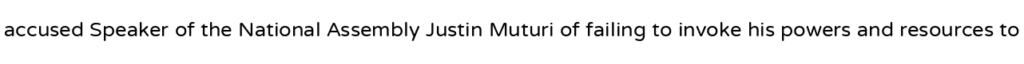
accused Speaker of the National Assembly Justin Muturi of failing to invoke his powers and resources to